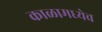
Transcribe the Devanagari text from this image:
काळामध्येच